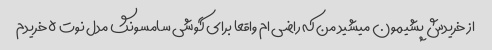
از خریدش پشیمون میشید من که راضی ام واقعا برای گوشی سامسونگ مدل نوت ۵ خریدم